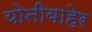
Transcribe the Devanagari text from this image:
योनीबाहेर